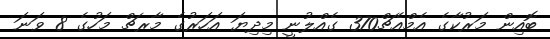
ބޮއިން މަރުކާގެ އެމްއެޗް370 ގެއްލުނީ މިދިޔަ އަހަރުގެ މާރޗް މަހުގެ 8 ވަނަ